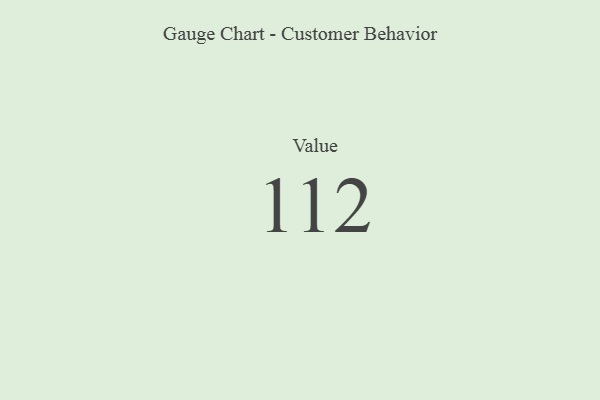
{"axis": {"x": "Metric", "y": "Value"}, "legend": [""], "data": [{"x": "Value", "y": 112, "type": ""}]}